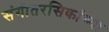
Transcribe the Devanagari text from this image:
संगीतरसिकांच्या